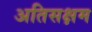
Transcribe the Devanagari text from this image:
अतिसक्षम